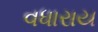
વધારાય